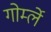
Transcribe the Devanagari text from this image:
गोर्म्ले